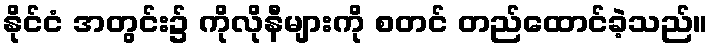
နိုင်ငံ အတွင်း၌ ကိုလိုနီများကို စတင် တည်ထောင်ခဲ့သည်။